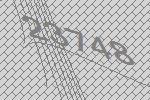
23748